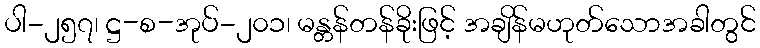
ပါ-၂၅၇၊ ဋ္ဌ-စ-အုပ်-၂၀၁၊ မန္တန်တန်ခိုးဖြင့် အချိန်မဟုတ်သောအခါတွင်